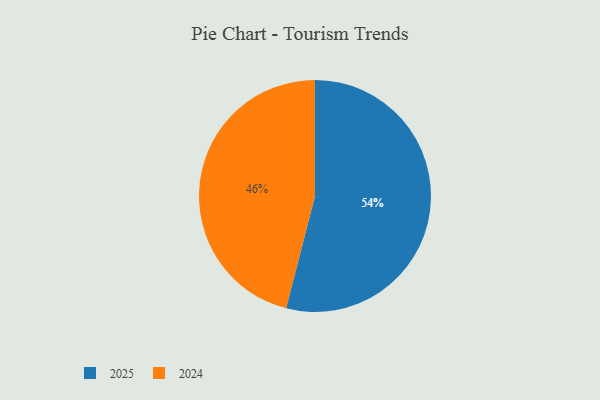
{"axis": {"x": "Category", "y": "Percentage"}, "legend": ["2024", "2025"], "data": [{"x": "2024", "y": 46, "type": "2024"}, {"x": "2025", "y": 54, "type": "2025"}]}